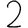
Digit: 2